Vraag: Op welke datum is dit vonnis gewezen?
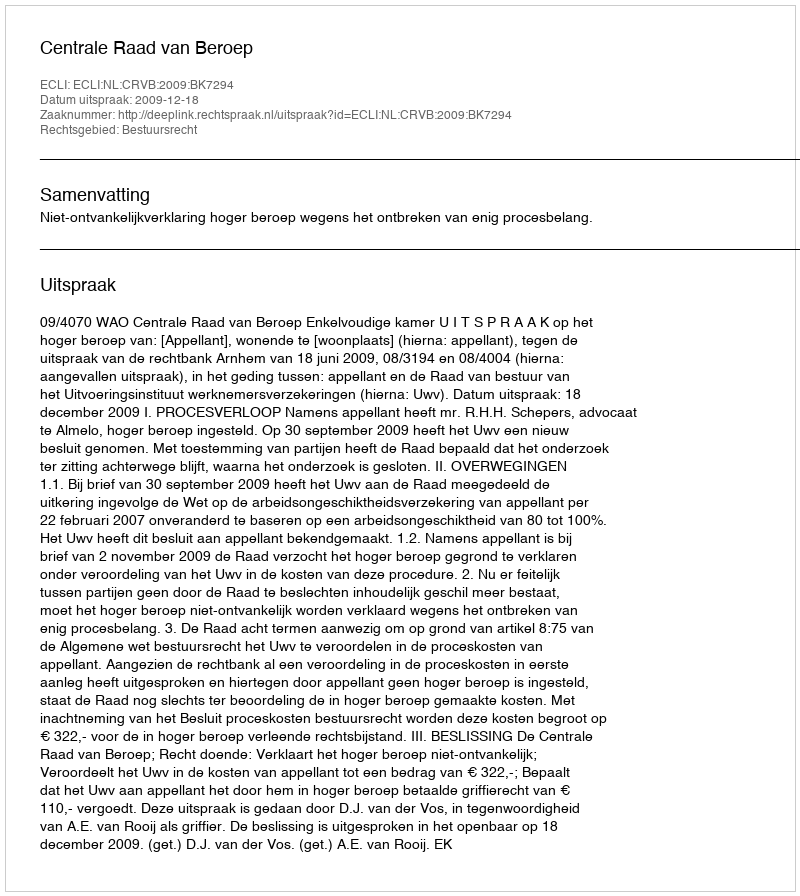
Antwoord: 2009-12-18